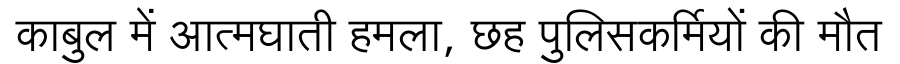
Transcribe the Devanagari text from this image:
काबुल में आत्मघाती हमला, छह पुलिसकर्मियों की मौत